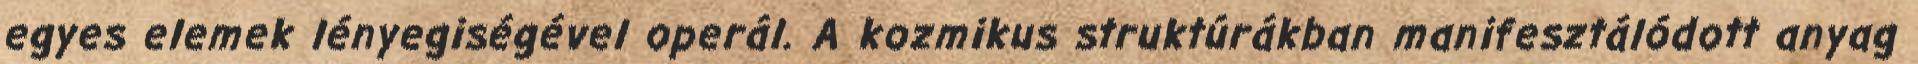
egyes elemek lényegiségével operál. A kozmikus struktúrákban manifesztálódott anyag